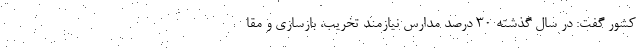
کشور گفت: در سال گذشته ۳۰ درصد مدارس نیازمند تخریب، بازسازی و مقا